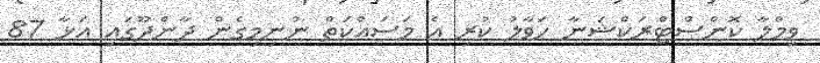
ވިމްލާ ކޮންސްޓްރަކްޝަނާ ހަވާލު ކުރި އެ މަސައްކަތް ނުނިމިގެން ދާންދޫގައި އަޅާ 87